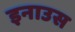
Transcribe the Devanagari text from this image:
इनाउस